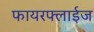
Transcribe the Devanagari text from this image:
फायरफ्लाईज